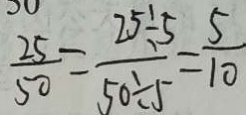
\frac { 2 5 } { 5 0 } = \frac { 2 5 \div 5 } { 5 0 \div 5 } = \frac { 5 } { 1 0 }